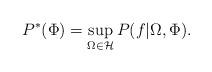
LaTeX: \begin{align*}P^*(\Phi) = \sup_{\Omega \in \mathcal{H}}P(f|\Omega,\Phi). \end{align*}